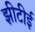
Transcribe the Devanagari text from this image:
झीटीई